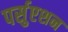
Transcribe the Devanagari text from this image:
पर्सुएशन